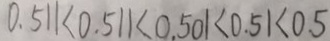
0 . 5 1 1 < 0 . 5 1 1 < 0 . 5 0 1 < 0 . 5 1 < 0 . 5